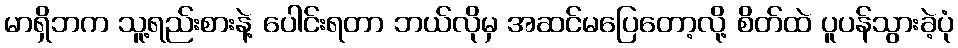
မာရှိဘက သူ့ရည်းစားနဲ့ ပေါင်းရတာ ဘယ်လိုမှ အဆင်မပြေတော့လို့ စိတ်ထဲ ပူပန်သွားခဲ့ပုံ